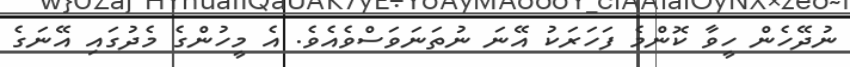
ނުދޭހެން ހީވާ ކޮންމެ ފަހަރަކު އޭނަ ނުތަނަވަސްވެއެވެ. އެ މީހުންގެ މެދުގައި އޭނަގެ